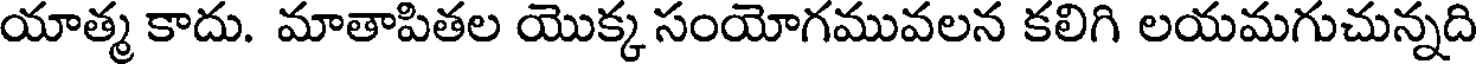
యాత్మ కాదు. మాతాపితల యొక్క సంయోగమువలన కలిగి లయమగుచున్నది